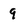
Character: 9